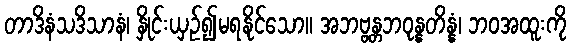
တာဒိနံသဒိသာနံ၊ နှိုင်းယှဉ်၍မရနိုင်သော။ အဘဗ္ဗန္တဘဝုန္နတိန္နံ၊ ဘဝအထူးကို